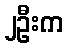
၂ဦးက